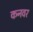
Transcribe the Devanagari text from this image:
कनवर